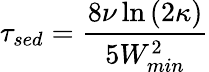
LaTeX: \tau_{\textit{sed}}=\frac{8\nu\ln\left(2\kappa\right)}{5W_{min}^{2}}